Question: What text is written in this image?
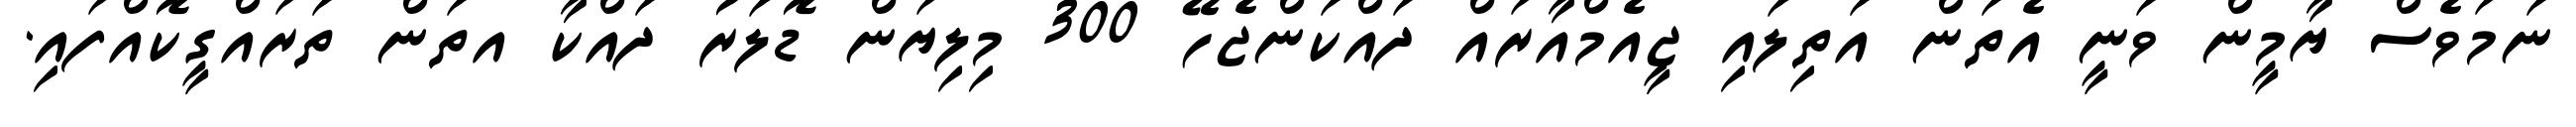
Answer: ނަމަވެސް ޔާމީން ވަނީ އެތަން އަތިލައި ޖީއެމްއާރައް ދައްކަންޖެހޭ 300 މިލިޔަން ޑޮލަރު ދައްކާ އތަން ތަރައްގީކޮއްފައި.